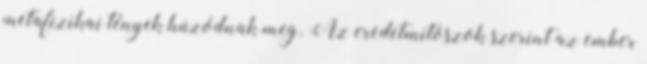
metafizikai tények húzódnak meg. Az eredetmítoszok szerint az ember